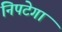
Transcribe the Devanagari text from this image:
निपटेगा